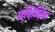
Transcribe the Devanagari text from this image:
प्रक्षिक्षित